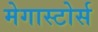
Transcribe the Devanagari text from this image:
मेगास्टोर्स